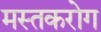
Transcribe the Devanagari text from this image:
मस्तकरोग